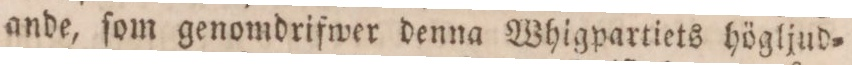
ande, ſom genomdrifwer denna Whigpartiets högljud=